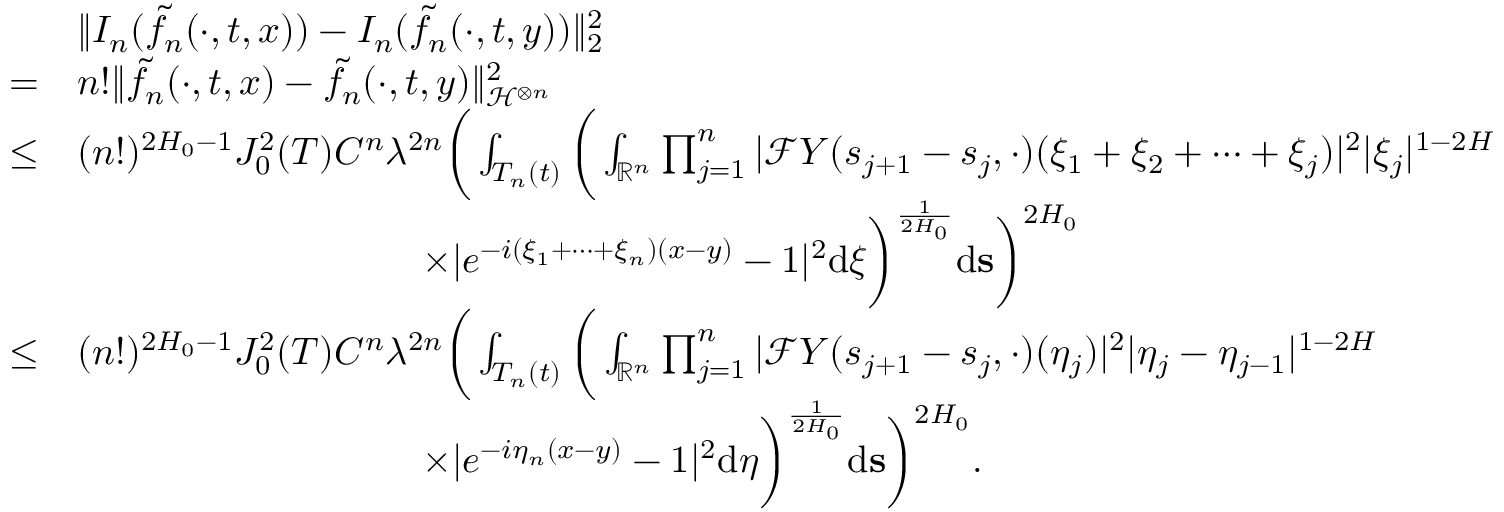
\begin{array} { r l } & { \Vert I _ { n } ( \tilde { f _ { n } } ( \cdot , t , x ) ) - I _ { n } ( \tilde { f _ { n } } ( \cdot , t , y ) ) \Vert _ { 2 } ^ { 2 } } \\ { = } & { n ! \Vert \tilde { f _ { n } } ( \cdot , t , x ) - \tilde { f _ { n } } ( \cdot , t , y ) \Vert _ { \mathcal { H } ^ { \otimes n } } ^ { 2 } } \\ { \leq } & { ( n ! ) ^ { 2 H _ { 0 } - 1 } J _ { 0 } ^ { 2 } ( T ) C ^ { n } \lambda ^ { 2 n } \bigg ( \int _ { T _ { n } ( t ) } \bigg ( \int _ { \mathbb { R } ^ { n } } \prod _ { j = 1 } ^ { n } | \mathcal { F } Y ( s _ { j + 1 } - s _ { j } , \cdot ) ( \xi _ { 1 } + \xi _ { 2 } + \dots + \xi _ { j } ) | ^ { 2 } | \xi _ { j } | ^ { 1 - 2 H } } \\ & { \qquad \qquad \qquad \qquad \quad \times | e ^ { - i ( \xi _ { 1 } + \dots + \xi _ { n } ) ( x - y ) } - 1 | ^ { 2 } \ensuremath { \mathrm { d } } \boldsymbol \xi \bigg ) ^ { \frac { 1 } { 2 H _ { 0 } } } \ensuremath { \mathrm { d } } \mathbf { s } \bigg ) ^ { 2 H _ { 0 } } } \\ { \leq } & { ( n ! ) ^ { 2 H _ { 0 } - 1 } J _ { 0 } ^ { 2 } ( T ) C ^ { n } \lambda ^ { 2 n } \bigg ( \int _ { T _ { n } ( t ) } \bigg ( \int _ { \mathbb { R } ^ { n } } \prod _ { j = 1 } ^ { n } | \mathcal { F } Y ( s _ { j + 1 } - s _ { j } , \cdot ) ( \eta _ { j } ) | ^ { 2 } | \eta _ { j } - \eta _ { j - 1 } | ^ { 1 - 2 H } } \\ & { \qquad \qquad \qquad \qquad \quad \times | e ^ { - i \eta _ { n } ( x - y ) } - 1 | ^ { 2 } \ensuremath { \mathrm { d } } \boldsymbol \eta \bigg ) ^ { \frac { 1 } { 2 H _ { 0 } } } \ensuremath { \mathrm { d } } \mathbf { s } \bigg ) ^ { 2 H _ { 0 } } . } \end{array}